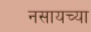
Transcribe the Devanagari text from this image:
नसायच्या